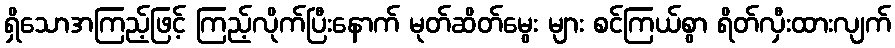
ရှိသောအကြည့်ဖြင့် ကြည့်လိုက်ပြီးနောက် မုတ်ဆိတ်မွေး များ စင်ကြယ်စွာ ရိတ်လှီးထားလျက်